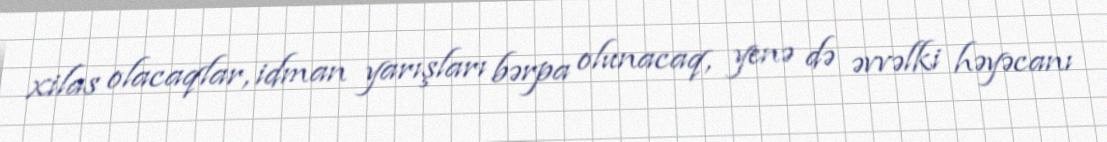
xilas olacaqlar, idman yarışları bərpa olunacaq, yenə də əvvəlki həyəcanı